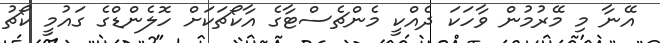
އޭނާ މި މޭރުމުން ވާހަކަ ދެއްކީ މެންޗެސްޓާގެ އާކޯޗަކަށް ހޮލެންޑްގެ ގައުމީ ކޯޗު